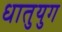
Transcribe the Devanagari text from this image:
धातुयुग